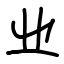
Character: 业